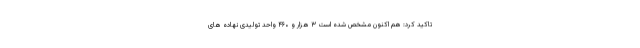
تاکید کرد: هم اکنون مشخص شده است ۳ هزار و ۴۶۰ واحد تولیدی نهاده های